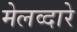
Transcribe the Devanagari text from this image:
मेलव्दारे